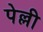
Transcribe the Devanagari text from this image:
पेल्ली